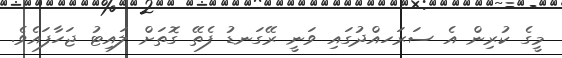
މީގެ ކުރިން އެ ސަރަހއްދުގައި ވަނީ ރޭގަނޑު ފެތޭ ގޮތަށް ލައިޓު ޖަހާފައެވެ.